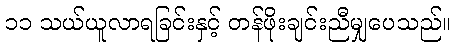
၁၁ သယ်ယူလာရခြင်းနှင့် တန်ဖိုးချင်းညီမျှပေသည်။